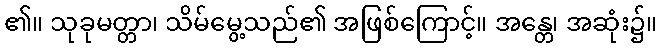
၏။ သုခုမတ္တာ၊ သိမ်မွေ့သည်၏ အဖြစ်ကြောင့်။ အန္တေ၊ အဆုံး၌။